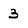
Character: 3